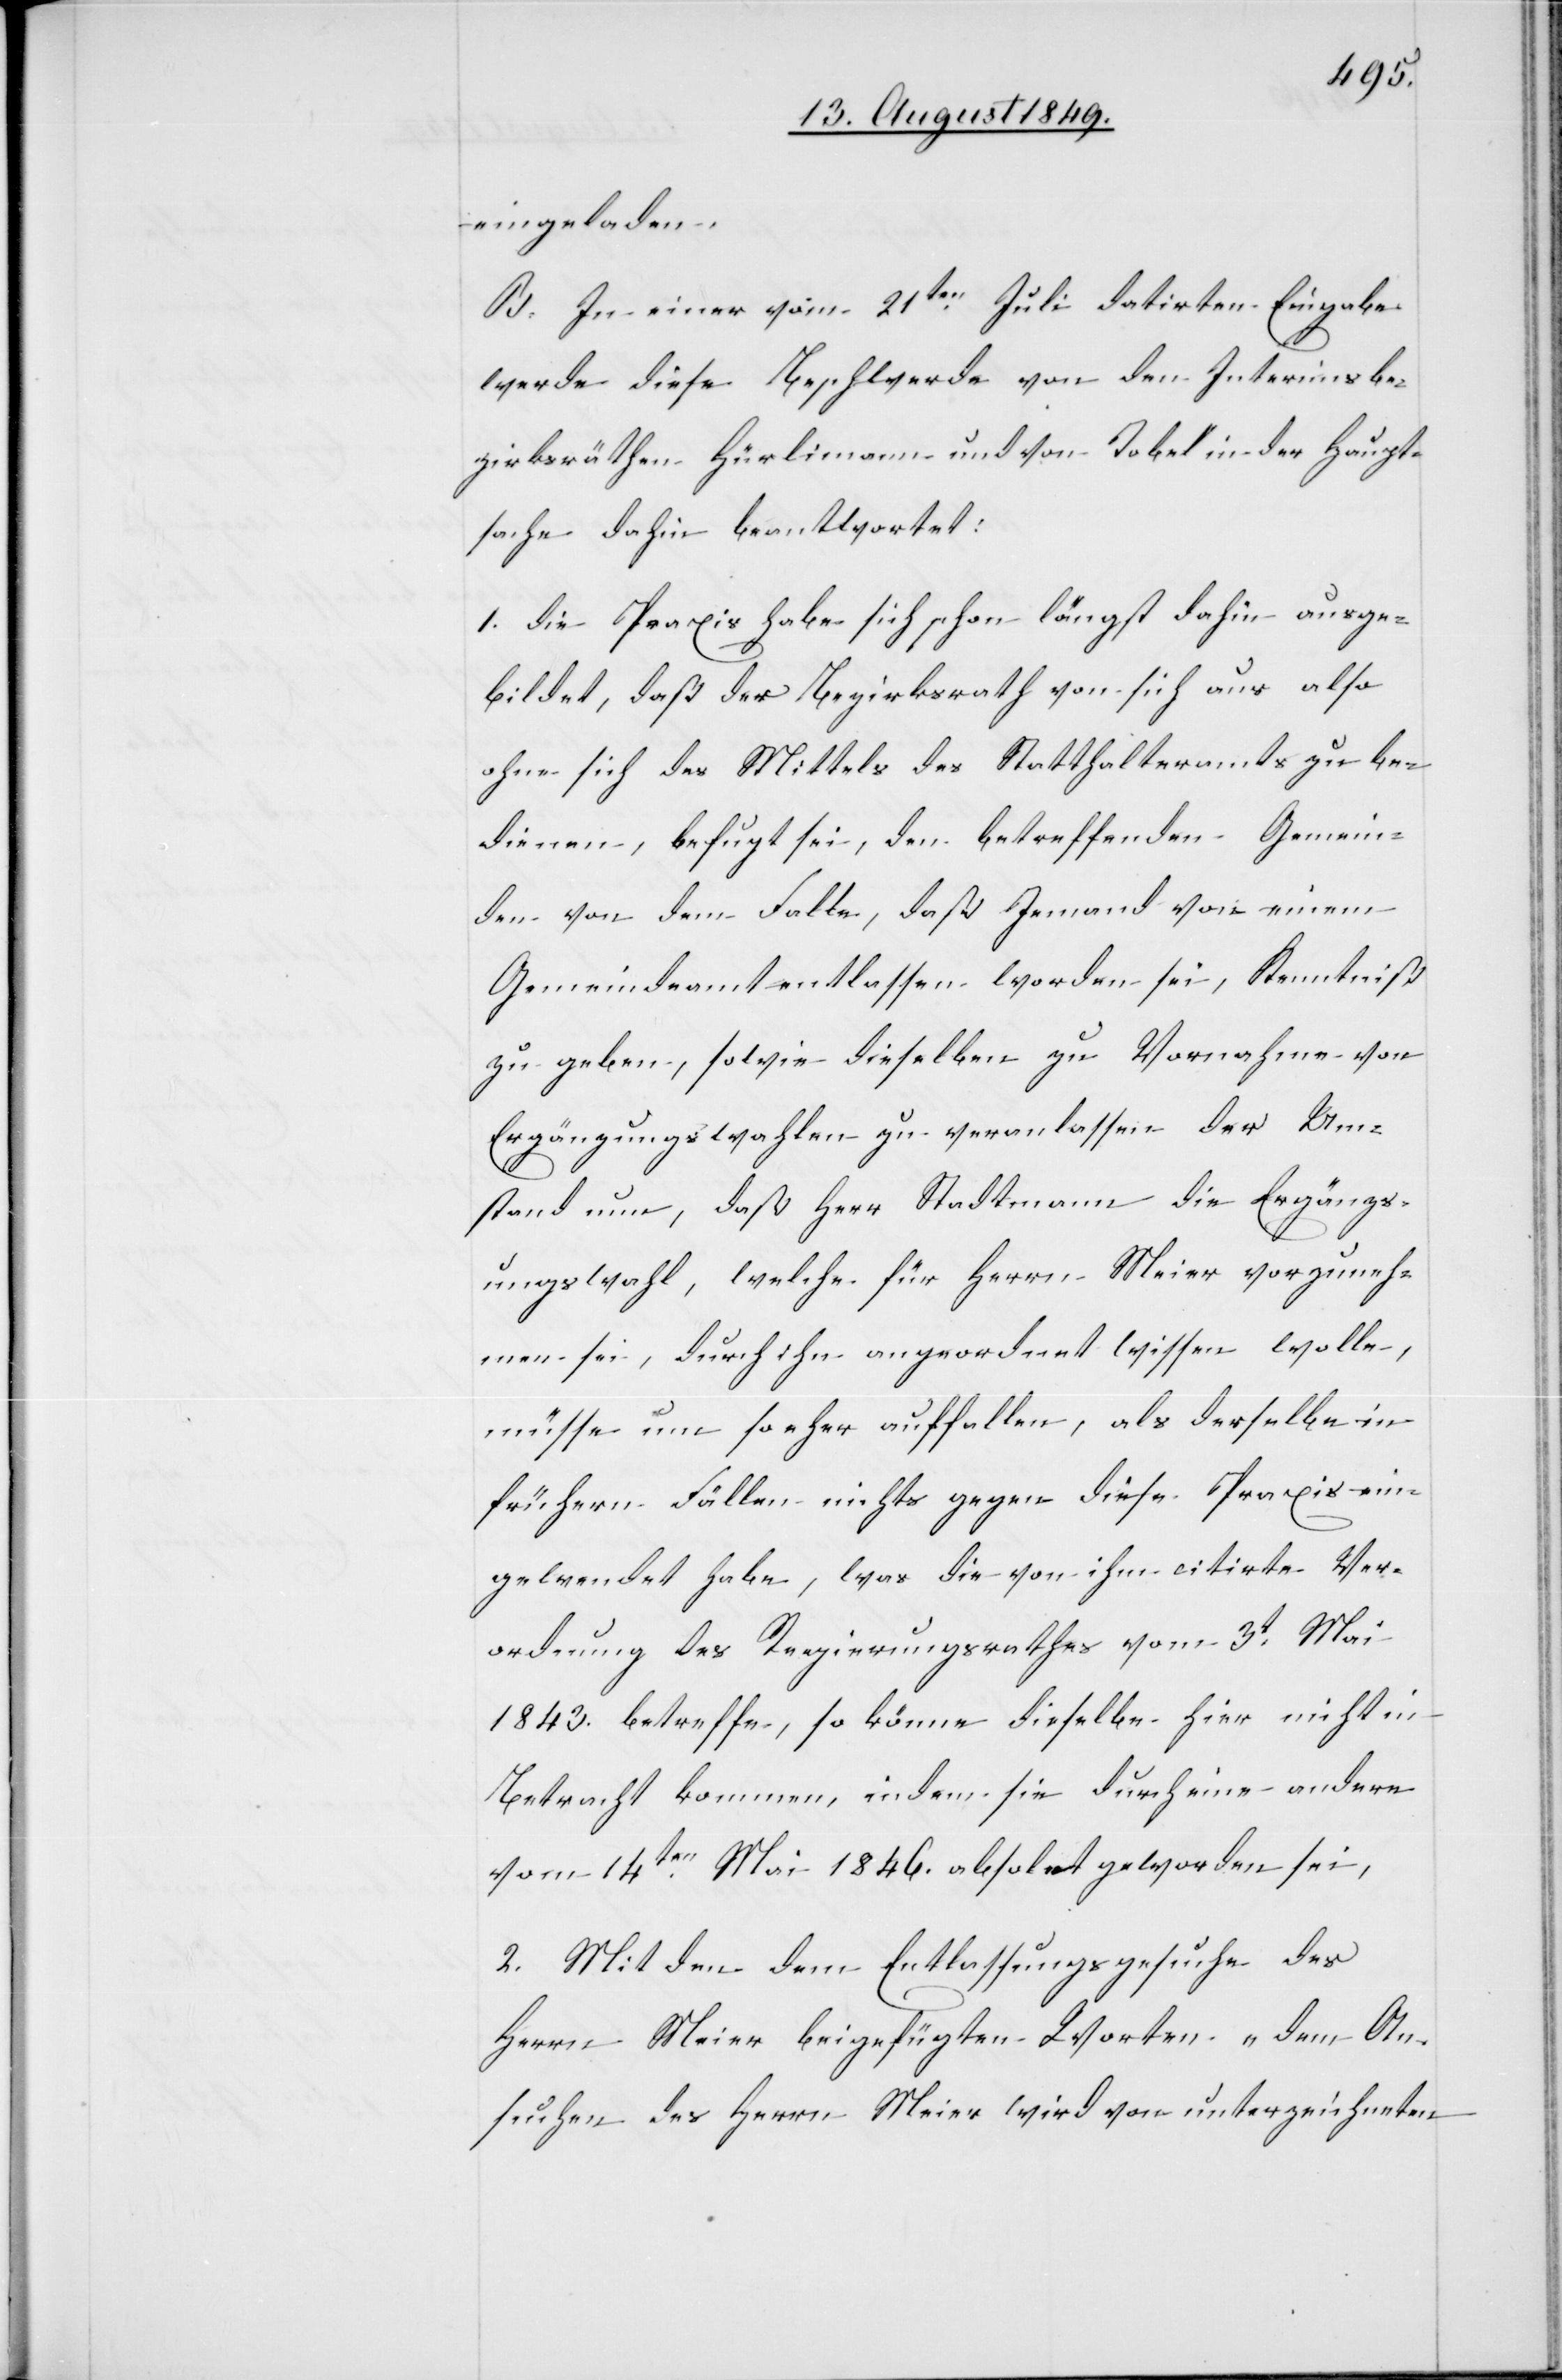
eingeladen.
B. In einer vom 21ten Juli datirten Eingabe
werde diese Beschwerde von den Interimsbe¬
zirksräthen Hürlimann und von Tobel in der Haupt¬
sache dahin beantwortet:
1. die Praxis habe sich schon längst dahin ausge¬
bildet, daß der Bezirksrath vom sich aus also
ohne sich der Mittels des Statthalteramts zu be¬
dienen, befugt sei, den betreffenden Gemein¬
den von dem Falle, daß Jemand von einem
Gemeindeamt entlassen worden sei, Kenntniß
zu geben, sowie dieselben zu Vornahme von
Ergänzungswahlen zu veranlassen der Um¬
stand nun, daß Herr Stadtmann die Ergänzs¬
ungswahl [sic!], welche für Herrn Meier vorzuneh¬
men sei, durch ihn angeordnet wissen wolle,
müsse um so eher auffallen, als derselbe in
frühern Fällen nichts gegen diese Praxis ein¬
gewendet habe, was die von ihm citirte Ver¬
ordnung des Regierungsrathes vom 3t Mai
1843. betreffe, so könne dieselbe hier nicht in
Betracht kommen, indem sie durch eine andere
vom 14ten Mai 1846. obsolet geworden sei,
2. Mit den dem Entlassungsgesuche des
Herrn Meier beigefügten Worten „dem An¬
suchen des Herrn Meier wird von unterzeichneten